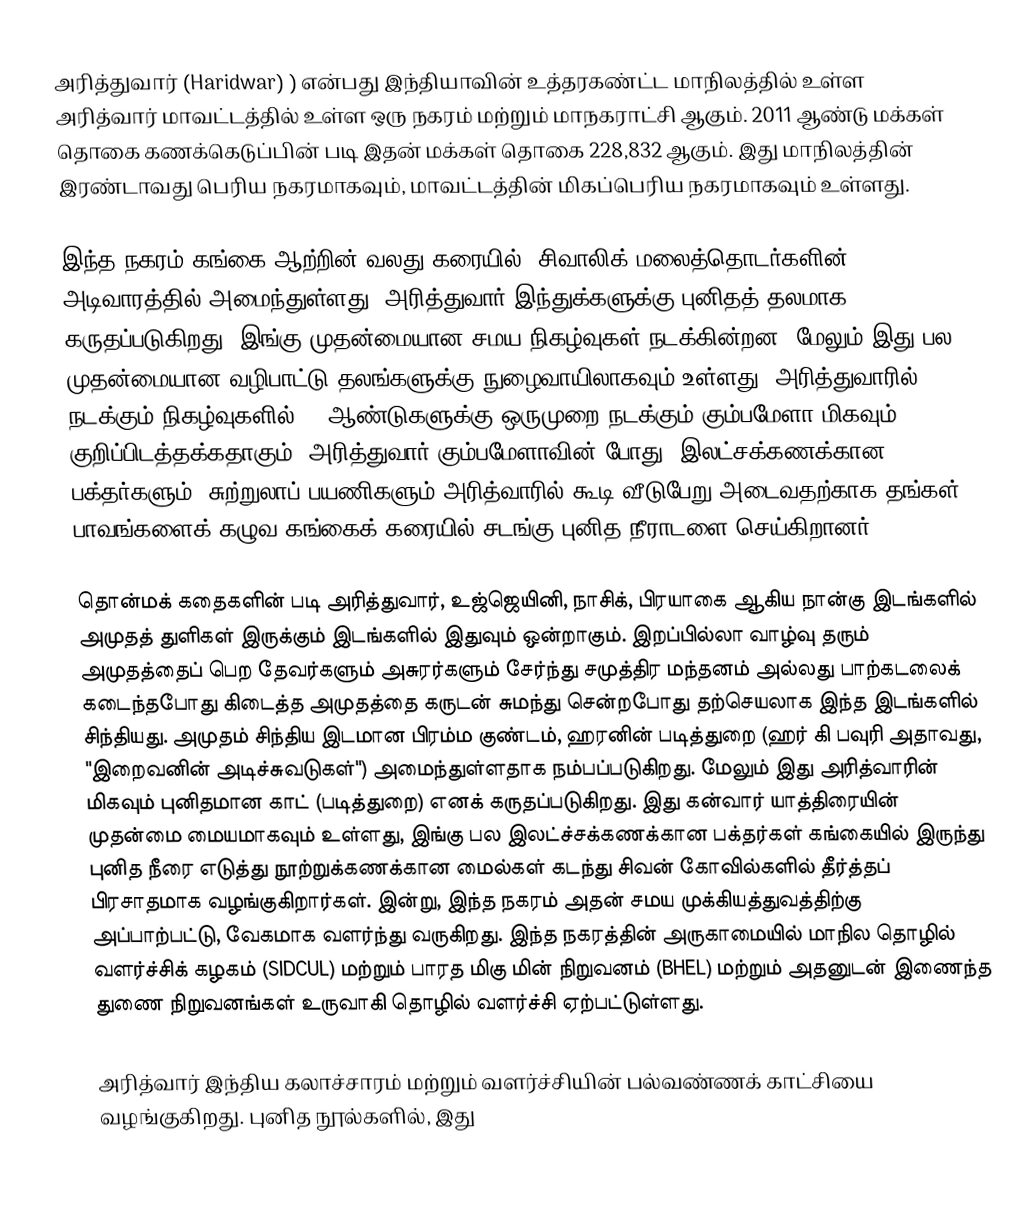
அரித்துவார் (Haridwar)  ) என்பது இந்தியாவின் உத்தரகண்ட்ட மாநிலத்தில் உள்ள அரித்வார் மாவட்டத்தில் உள்ள ஒரு நகரம் மற்றும் மாநகராட்சி ஆகும்.  2011 ஆண்டு மக்கள் தொகை கணக்கெடுப்பின் படி இதன் மக்கள் தொகை 228,832 ஆகும். இது மாநிலத்தின் இரண்டாவது பெரிய நகரமாகவும், மாவட்டத்தின் மிகப்பெரிய நகரமாகவும் உள்ளது.

இந்த நகரம் கங்கை ஆற்றின்  வலது கரையில், சிவாலிக் மலைத்தொடர்களின் அடிவாரத்தில் அமைந்துள்ளது. அரித்துவார் இந்துக்களுக்கு புனிதத் தலமாக கருதப்படுகிறது. இங்கு முதன்மையான சமய நிகழ்வுகள் நடக்கின்றன. மேலும் இது பல முதன்மையான வழிபாட்டு தலங்களுக்கு நுழைவாயிலாகவும் உள்ளது. அரித்துவாரில் நடக்கும் நிகழ்வுகளில் 12 ஆண்டுகளுக்கு ஒருமுறை நடக்கும் கும்பமேளா மிகவும் குறிப்பிடத்தக்கதாகும். அரித்துவார் கும்பமேளாவின் போது, இலட்சக்கணக்கான பக்தர்களும், சுற்றுலாப் பயணிகளும் அரித்வாரில் கூடி வீடுபேறு அடைவதற்காக தங்கள் பாவங்களைக் கழுவ கங்கைக் கரையில் சடங்கு புனித நீராடளை செய்கிறானர்.

தொன்மக் கதைகளின் படி அரித்துவார், உஜ்ஜெயினி, நாசிக்,  பிரயாகை ஆகிய நான்கு இடங்களில் அமுதத் துளிகள் இருக்கும் இடங்களில் இதுவும் ஒன்றாகும்.  இறப்பில்லா வாழ்வு தரும் அமுதத்தைப் பெற தேவர்களும் அசுரர்களும் சேர்ந்து சமுத்திர மந்தனம் அல்லது பாற்கடலைக் கடைந்தபோது கிடைத்த அமுதத்தை கருடன் சுமந்து சென்றபோது தற்செயலாக இந்த இடங்களில் சிந்தியது. அமுதம் சிந்திய இடமான பிரம்ம குண்டம், ஹரனின் படித்துறை (ஹர் கி பவுரி அதாவது, "இறைவனின் அடிச்சுவடுகள்") அமைந்துள்ளதாக நம்பப்படுகிறது. மேலும் இது அரித்வாரின் மிகவும் புனிதமான காட் (படித்துறை)  எனக் கருதப்படுகிறது. இது கன்வார் யாத்திரையின் முதன்மை மையமாகவும் உள்ளது, இங்கு பல இலட்ச்சக்கணக்கான பக்தர்கள்  கங்கையில் இருந்து புனித நீரை எடுத்து நூற்றுக்கணக்கான மைல்கள் கடந்து சிவன் கோவில்களில் தீர்த்தப் பிரசாதமாக வழங்குகிறார்கள். இன்று, இந்த நகரம் அதன் சமய முக்கியத்துவத்திற்கு அப்பாற்பட்டு, வேகமாக வளர்ந்து வருகிறது. இந்த நகரத்தின் அருகாமையில் மாநில தொழில் வளர்ச்சிக் கழகம் (SIDCUL) மற்றும் பாரத மிகு மின் நிறுவனம் (BHEL) மற்றும் அதனுடன் இணைந்த துணை நிறுவனங்கள்  உருவாகி தொழில் வளர்ச்சி ஏற்பட்டுள்ளது.

அரித்வார் இந்திய கலாச்சாரம் மற்றும் வளர்ச்சியின் பல்வண்ணக் காட்சியை வழங்குகிறது. புனித நூல்களில், இது